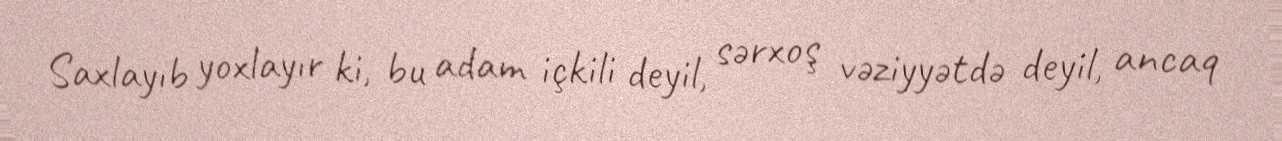
Saxlayıb yoxlayır ki, bu adam içkili deyil, sərxoş vəziyyətdə deyil, ancaq